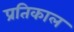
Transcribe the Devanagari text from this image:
प्रतिकाल